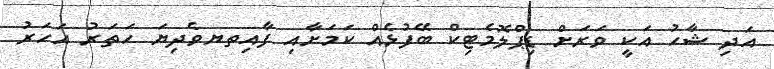
އަދި ޝާހު އަކީ ވަރަށް ޑިޕްލޮމެޓިކް ބޭފުޅެއް ކަމަށާއި ފާއިތޔވެދިޔަ ހަތަރު އަހަރު